Punjab Mental Hospital Lahore 1932-46 - 1932-1946
Year: 1932
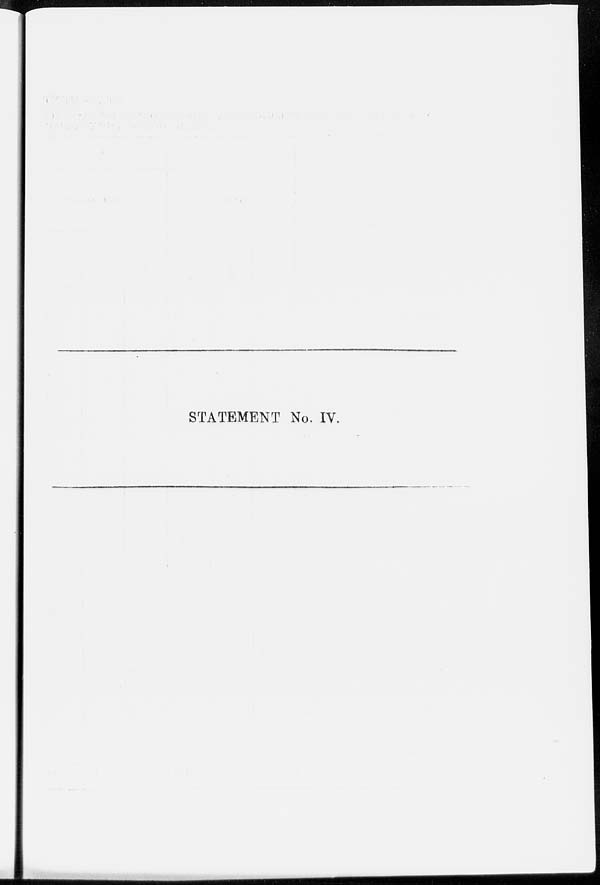
STATEMENT No. IV.